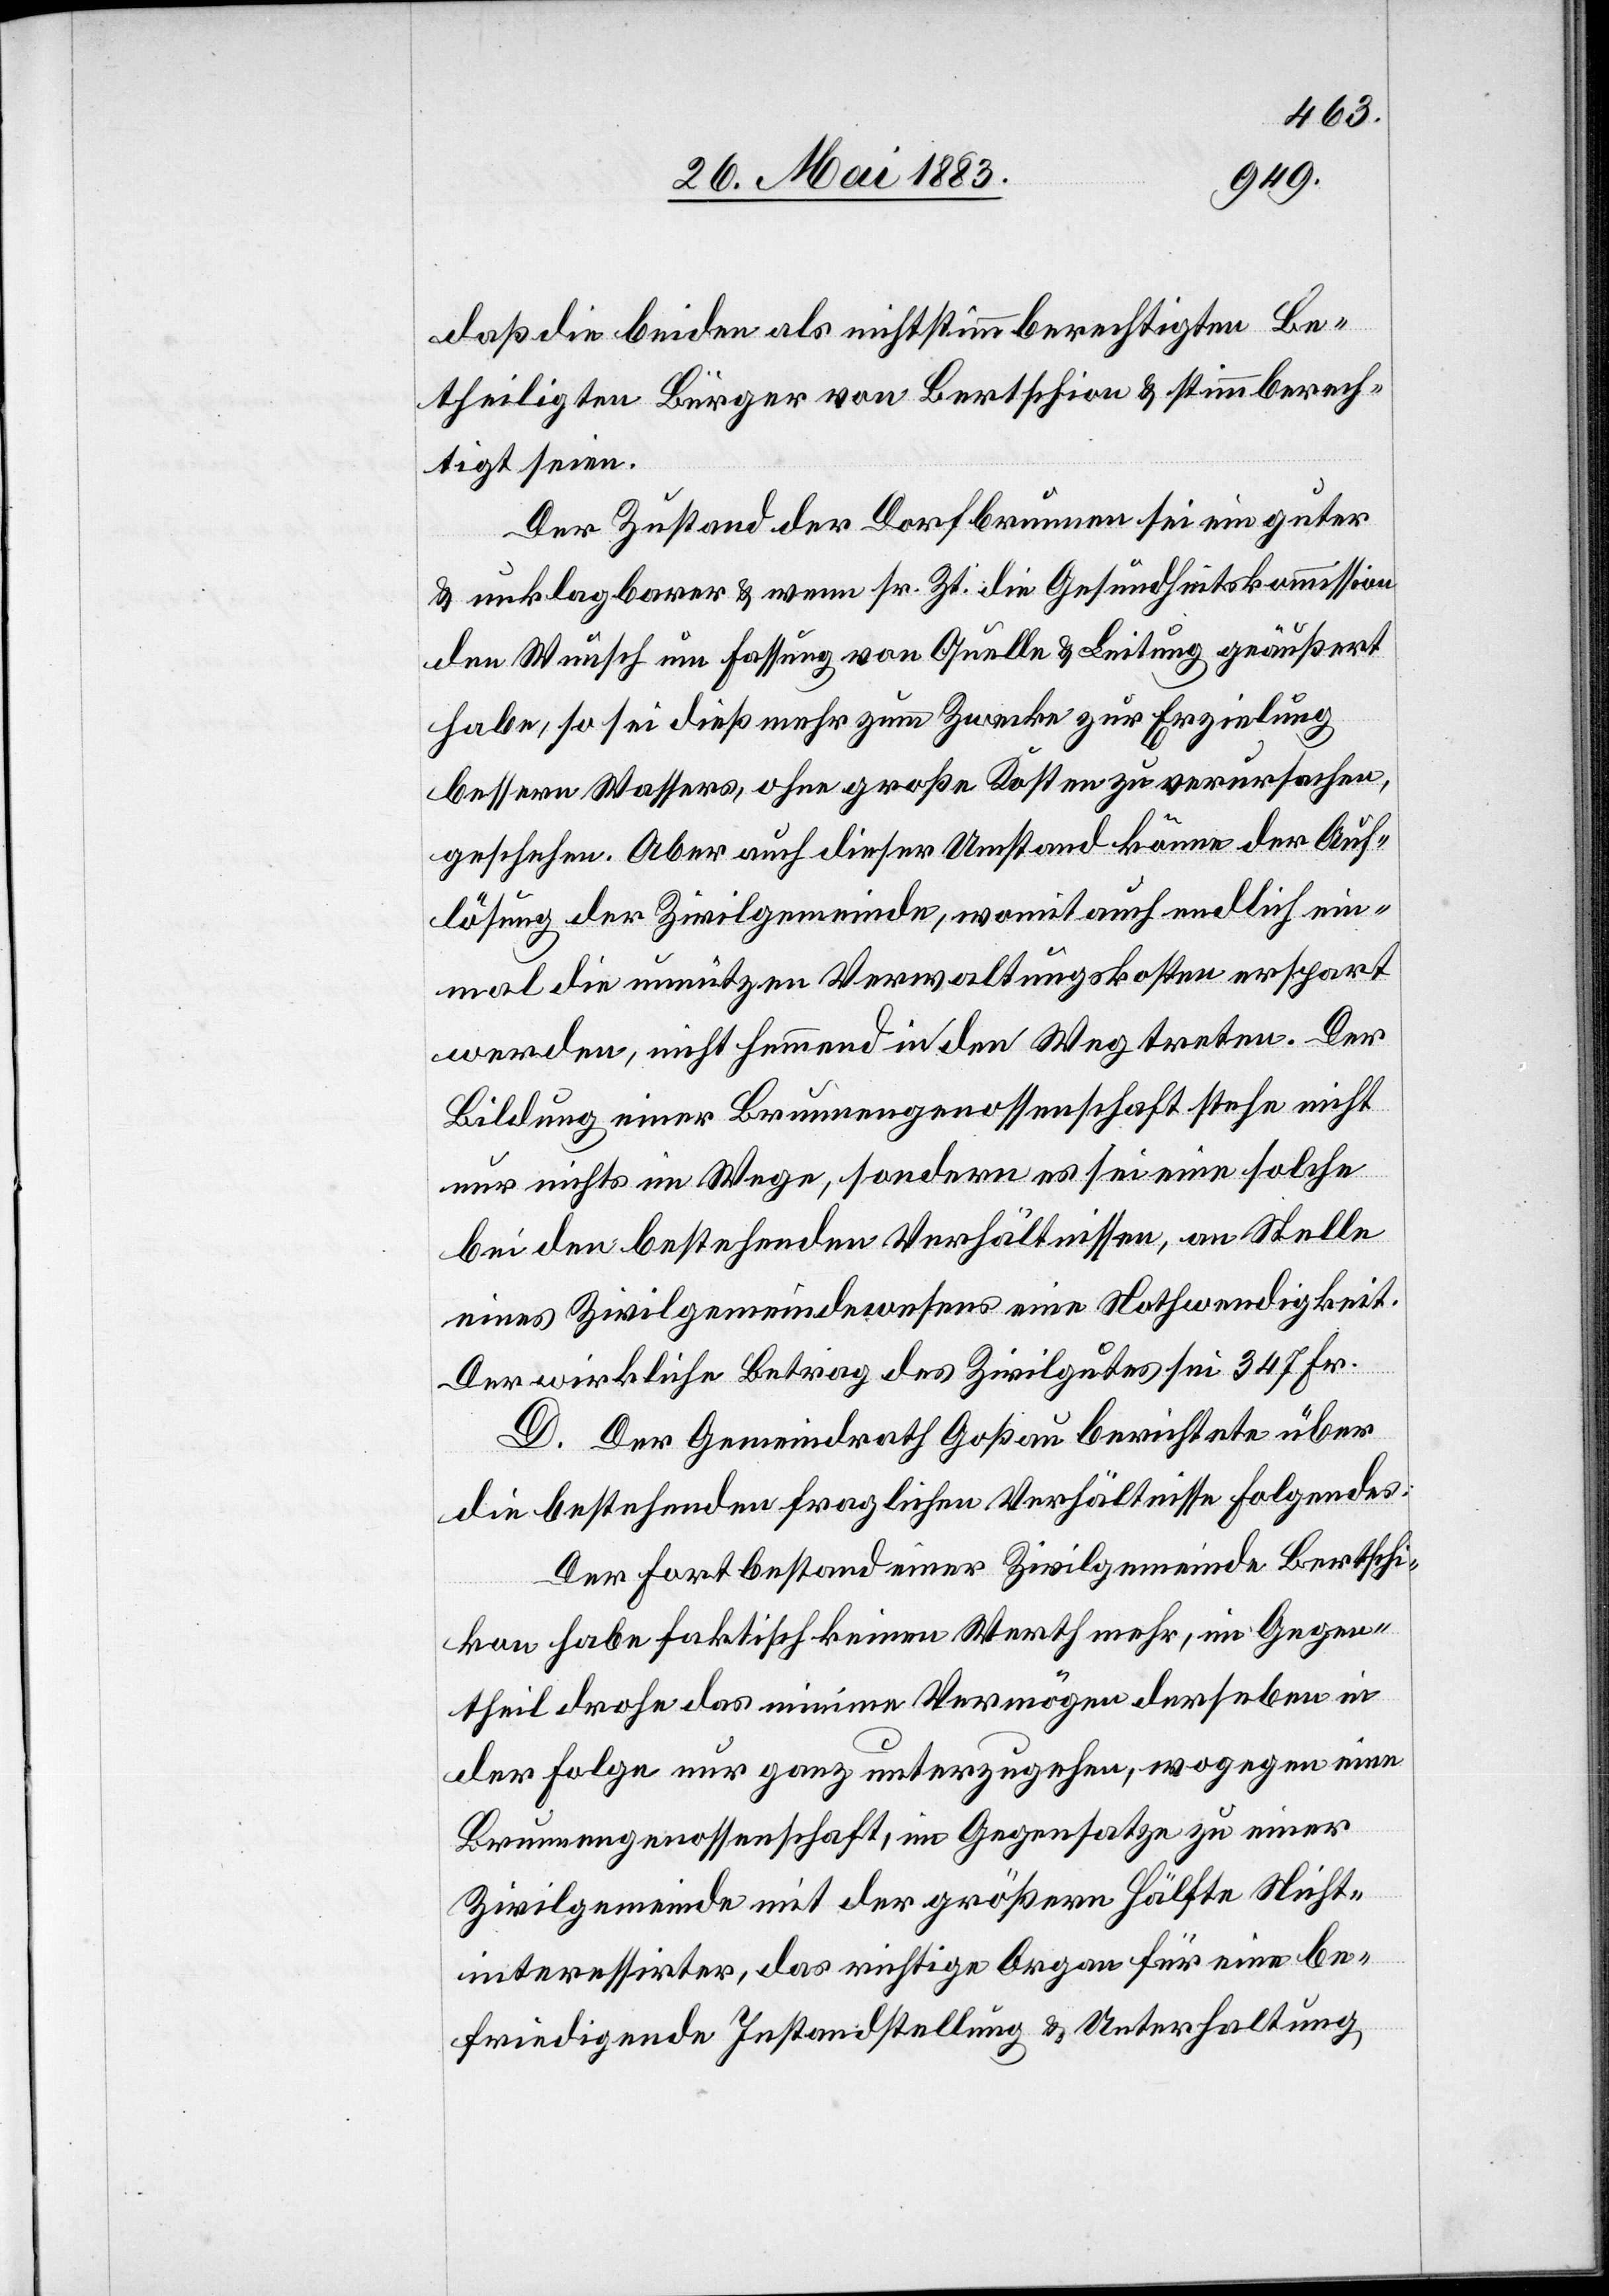
daß die beiden als nichtstimmberechtigten Be¬
theiligten Bürger von Bertschi[k]on & stimmberech¬
tigt seien.
Der Zustand der Dorfbrunnen sei ein guter
& unklagbarer & wenn sr. Zt. die Gesundheitskommission
den Wunsch um Fassung von Quelle & Leitung geäußert
habe, so sei dieß mehr zum Zwecke zur Erzielung
bessern Wassers, ohne große Kosten zu verursachen,
geschehen. Aber auch dieser Umstand könne der Auf¬
lösung der Zivilgemeinde, womit auch endlich ein¬
mal die unnützen Verwaltungskosten erspart
werden, nicht hemmend in den Weg treten. Der
Bildung einer Brunnengenossenschaft stehe nichts
bei den bestehenden Verhältnissen, an Stelle
eines Zivilgemeindewesens eine Nothwendigkeit.
Der wirkliche Betrag des Zivilgutes sei 347 Fr.
D. Der Gemeindrath Goßau berichtete über
die bestehenden fraglichen Verhältnisse folgendes:
Der Fortbestand einer Zivilgemeinde Bertschi¬
kon habe faktisch keinen Werth mehr, im Gegen¬
theil drohe das minime Vermögen derse[l]ben in
der Folge nur ganz unterzugehen, wogegen eine
Brunnengenossenschaft, im Gegensatze zu einer
Zivilgemeinde mit der größern Hälfte Nicht¬
interessirter, das richtige Organ für eine be¬
friedigende Instandstellung & Unterhaltung

eine